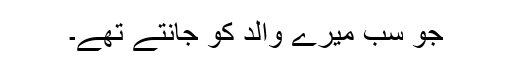
جو سب میرے والد کو جانتے تھے۔